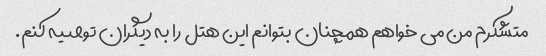
متشکرم من می خواهم همچنان بتوانم این هتل را به دیگران توصیه کنم.